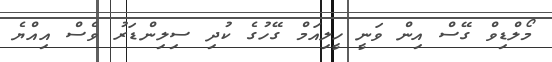
މޯލްޑިވް ގޭސް އިން ވަނީ ހީލިއަމް ގޭހުގެ ކުދި ސިލިންޑަރު ވެސް އިއްޔެ